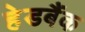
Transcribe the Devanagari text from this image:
हेडबैंक